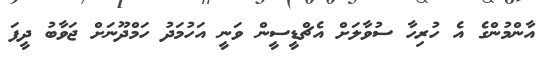
އާންމުންގެ އެ ހުރިހާ ސުވާލަށް އެޗްޑީސީން ވަނީ އަހުމަދު ހަމްދޫނަށް ޖަވާބު ދީފަ